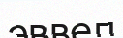
эввел